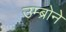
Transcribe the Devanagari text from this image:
उम्ब्रोने